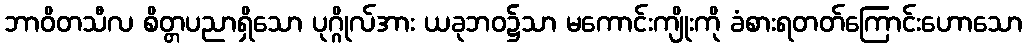
ဘာဝိတသီလ စိတ္တပညာရှိသော ပုဂ္ဂိုလ်အား ယခုဘဝ၌သာ မကောင်းကျိုးကို ခံစားရတတ်ကြောင်းဟောသော